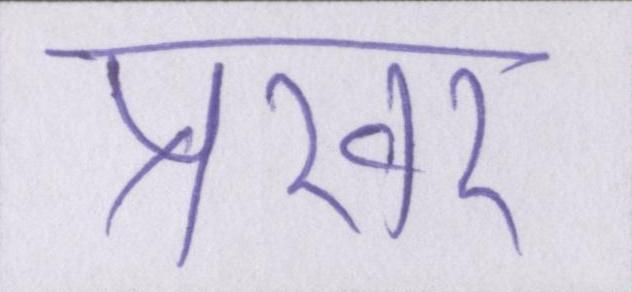
प्रखर